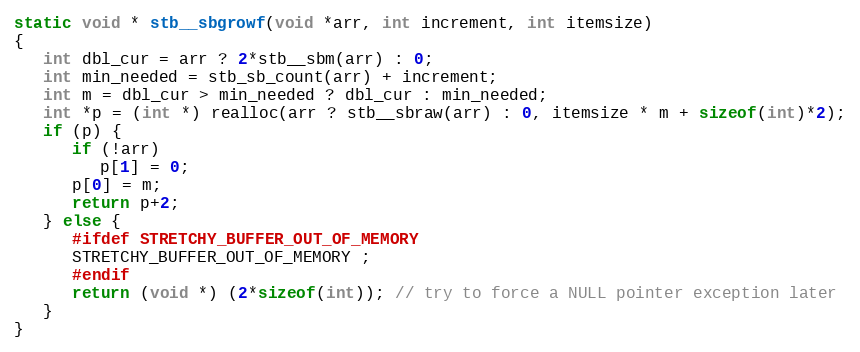
Language: C
static void * stb__sbgrowf(void *arr, int increment, int itemsize)
{
   int dbl_cur = arr ? 2*stb__sbm(arr) : 0;
   int min_needed = stb_sb_count(arr) + increment;
   int m = dbl_cur > min_needed ? dbl_cur : min_needed;
   int *p = (int *) realloc(arr ? stb__sbraw(arr) : 0, itemsize * m + sizeof(int)*2);
   if (p) {
      if (!arr)
         p[1] = 0;
      p[0] = m;
      return p+2;
   } else {
      #ifdef STRETCHY_BUFFER_OUT_OF_MEMORY
      STRETCHY_BUFFER_OUT_OF_MEMORY ;
      #endif
      return (void *) (2*sizeof(int)); // try to force a NULL pointer exception later
   }
}